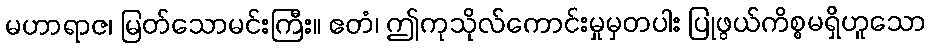
မဟာရာဇ၊ မြတ်သောမင်းကြီး။ ဧတံ၊ ဤကုသိုလ်ကောင်းမှုမှတပါး ပြုဖွယ်ကိစ္စမရှိဟူသော